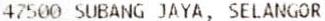
47500 SUBANG JAYA, SELANGOR